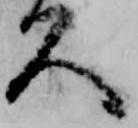
久